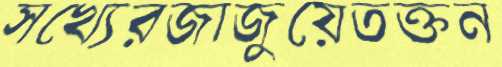
সখ্যেরজাজুয়েতক্তন